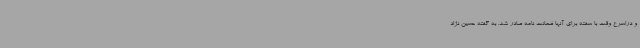
و دراسرع وقت با سفته برای آنها ضمانت نامه صادر شد. به گفته حسین نژاد